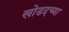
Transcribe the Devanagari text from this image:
खोडदच्या